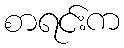
စာရင်းက